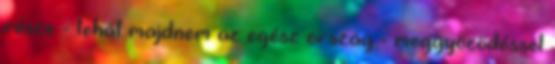
része - tehát majdnem az egész ország - meggyőződéssel